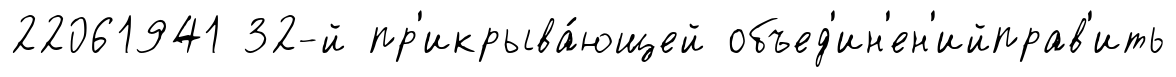
22061941 32-й пр'икрыва́ющей объед'ин'ен'ийправ'ить